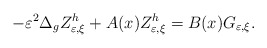
\begin{align*}-\varepsilon^{2}\Delta_{g}Z_{\varepsilon,\xi}^{h}+A(x)Z_{\varepsilon,\xi}^{h}=B(x)G_{\varepsilon,\xi}.\end{align*}